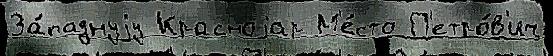
За́паднуjу Красноjар М'е́сто П'етро́в'ич